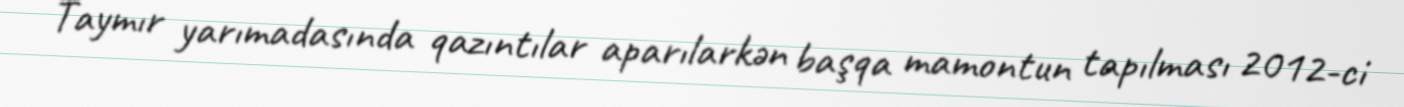
Taymır yarımadasında qazıntılar aparılarkən başqa mamontun tapılması 2012-ci